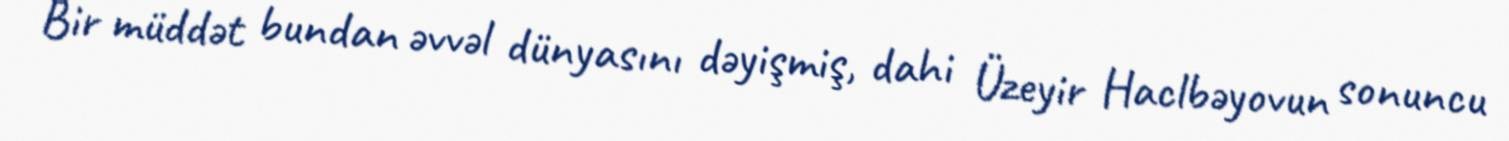
Bir müddət bundan əvvəl dünyasını dəyişmiş, dahi Üzeyir Haclbəyovun sonuncu